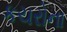
કચરોના